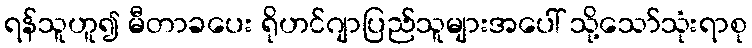
ရန်သူဟူ၍ မီတာခပေး ရိုဟင်ဂျာပြည်သူများအပေါ် သို့သော်သုံးရာစု